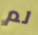
لم